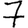
Digit: 7